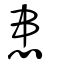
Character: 患